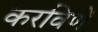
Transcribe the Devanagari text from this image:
करविणें